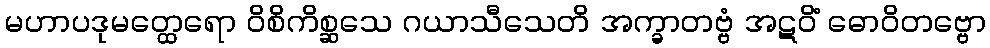
မဟာပဒုမတ္ထေရော ဝိစိကိစ္ဆသေ ဂယာသီသေတိ အက္ခာတဗ္ဗံ အဋဝိံ ဓောဝိတဗ္ဗော